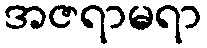
အဇရာမရာ